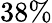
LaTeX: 38\%